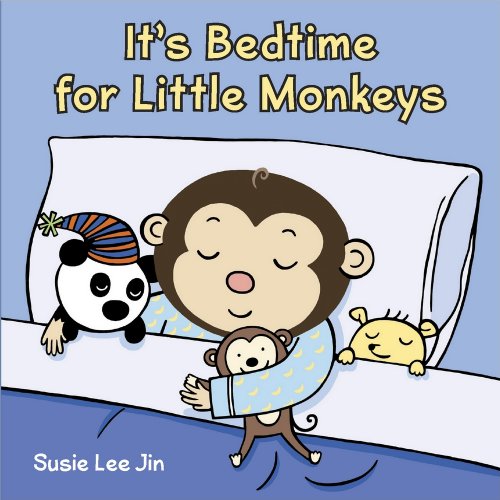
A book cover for It's Bedtime for Little Monkeys; Children's Books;